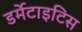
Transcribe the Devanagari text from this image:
डर्मेटाइटिस